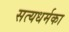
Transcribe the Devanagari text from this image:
सत्यधर्मका